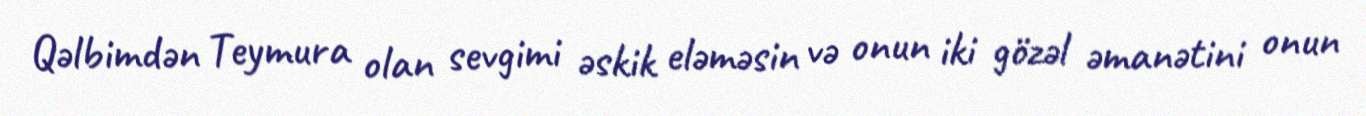
Qəlbimdən Teymura olan sevgimi əskik eləməsin və onun iki gözəl əmanətini onun